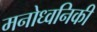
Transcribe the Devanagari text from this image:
मनोध्वनिकी